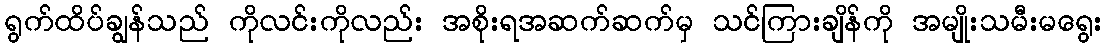
ရွက်ထိပ်ချွန်သည် ကိုလင်းကိုလည်း အစိုးရအဆက်ဆက်မှ သင်ကြားချိန်ကို အမျိုးသမီးမရွေး